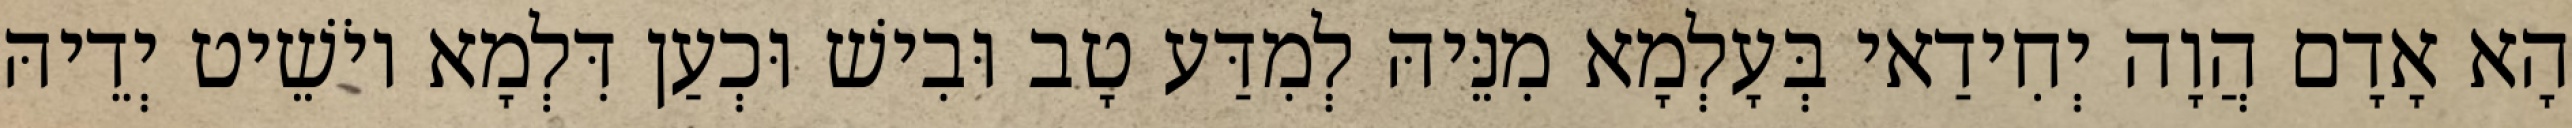
הָא אָדָם הֲוָה יְחִידַאי בְּעָלְמָא מִנֵּיהּ לְמִדַּע טָב וּבִישׁ וּכְעַן דִּלְמָא יוֹשֵׁיט יְדֵיהּ